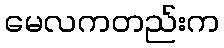
မေလကတည်းက